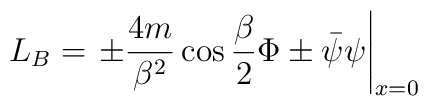
L_{B}=\left. \pm \frac{4m}{\beta ^{2}}\cos \frac{\beta }{2}\Phi \pm \bar{\psi }\psi \right| _{x=0}